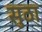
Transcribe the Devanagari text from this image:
सुठा